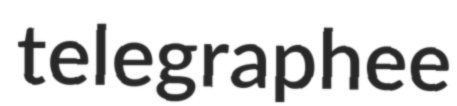
telegraphee